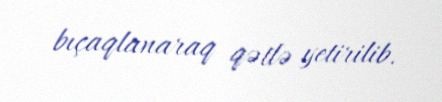
bıçaqlanaraq qətlə yetirilib.